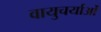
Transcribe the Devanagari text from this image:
वायुचर्याओं